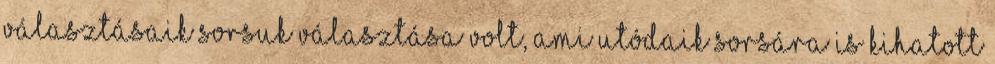
Választásaik sorsuk választása volt, ami utódaik sorsára is kihatott